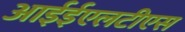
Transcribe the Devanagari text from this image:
आईईएलटीएस